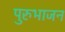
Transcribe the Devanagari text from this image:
पुरुभाजन